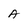
Character: A